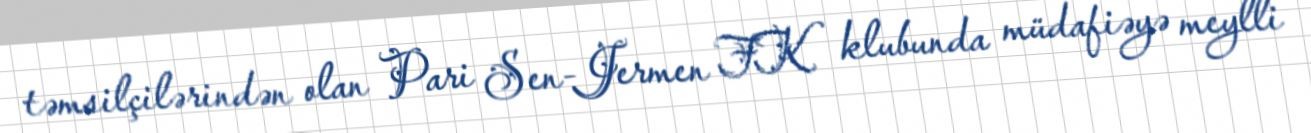
təmsilçilərindən olan Pari Sen-Jermen FK klubunda müdafiəyə meylli